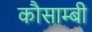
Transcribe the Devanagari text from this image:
कौसाम्बी